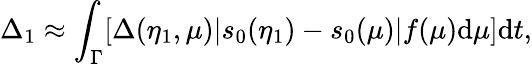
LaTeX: \Delta_{1}\approx\int_{\Gamma}[\Delta(\eta_{1},\mu)|s_{0}(\eta_{1})-s_{0}(\mu)|f(\mu)\mathrm{d}\mu]\mathrm{d}t,